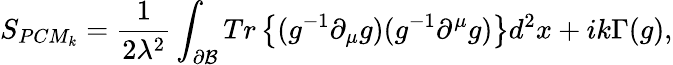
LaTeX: S_{PCM_{k}}=\frac{1}{2\lambda^{2}}\int_{\partial{\cal B}}Tr\left\{ (g^{-1}\partial_{\mu}g)(g^{-1}\partial^{\mu}g)\right\} d^{2}x+ik\Gamma(g),